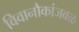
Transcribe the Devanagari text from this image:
विवानौकांजवळ